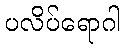
ပလိပ်ရောဂါ